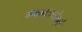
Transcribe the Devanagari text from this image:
आक्रमकतेमुळे